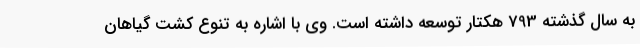
به سال گذشته 793 هکتار توسعه داشته است. وی با اشاره به تنوع کشت گیاهان